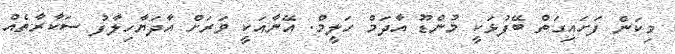
މިކަން ފަށައިގަތް ބޭފުޅަކީ މުންޑޫ އާދަމް ހަލީމް. އޭނާއަކީ ވަރަށް އާދަޔާހިލާފު ސަކާރާތެއް